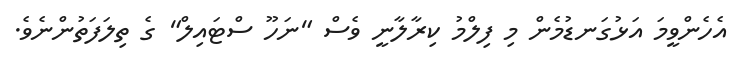
އެހެންވީމަ އަޅުގަނޑުމެން މި ފިލްމު ކިރާލާނީ ވެސް "ނަހޫ ސްޓައިލް" ގެ ތިލަފަތުންނެވެ.